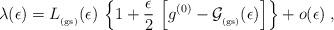
LaTeX: \begin{align*}\lambda(\epsilon)=L_{_{\rm (gs)}} (\epsilon)\,\left\{ 1 +\frac{\epsilon}{2}\,\left[g^{(0)}-{\mathcal G}_{_{\rm (gs)}} (\epsilon)\right]\right\}+ o(\epsilon)\; ,\end{align*}